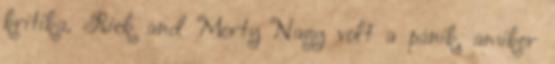
kritika, Rick and Morty Nagy volt a pánik, amikor